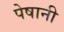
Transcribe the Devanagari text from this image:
पेषानी